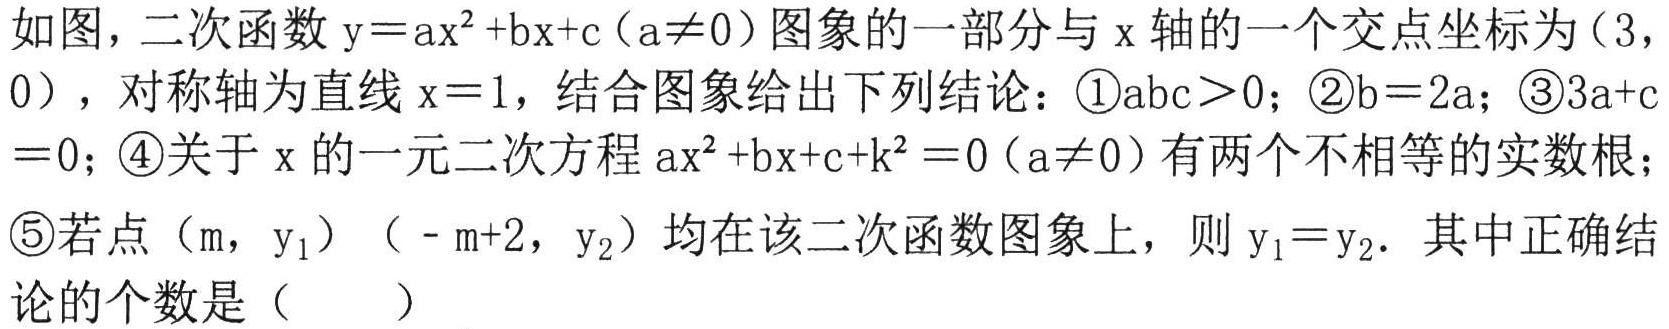
如图，二次函数$\mathrm{y}=\mathrm{a}\mathrm{x}^{2}+\mathrm{b}\mathrm{x}+\mathrm{c}(\mathrm{a}\neq 0)$图象的一部分与$\mathrm{x}$轴的一个交点坐标为$(3,0)$，对称轴为直线$\mathrm{x}=1$，结合图象给出下列结论：\textcircled{1}$\mathrm{a}\mathrm{b}\mathrm{c}>0$；\textcircled{2}$\mathrm{b}=2\mathrm{a}$；\textcircled{3}$3\mathrm{a}+\mathrm{c}=0$；\textcircled{4}关于$\mathrm{x}$的一元二次方程$\mathrm{a}\mathrm{x}^{2}+\mathrm{b}\mathrm{x}+\mathrm{c}+\mathrm{k}^{2}=0(\mathrm{a}\neq 0)$有两个不相等的实数根；\textcircled{5}若点$(\mathrm{m},\mathrm{y}_{1})$、$(-\mathrm{m}+2,\mathrm{y}_{2})$均在该二次函数图象上，则$\mathrm{y}_{1}=\mathrm{y}_{2}$．其中正确结论的个数是（  ）